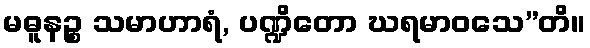
မဓူနဉ္စ သမာဟာရံ, ပဏ္ဍိတော ဃရမာဝသေ”တိ။